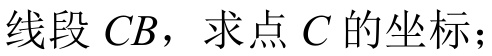
线段\(CB\)，求点\(C\)的坐标；